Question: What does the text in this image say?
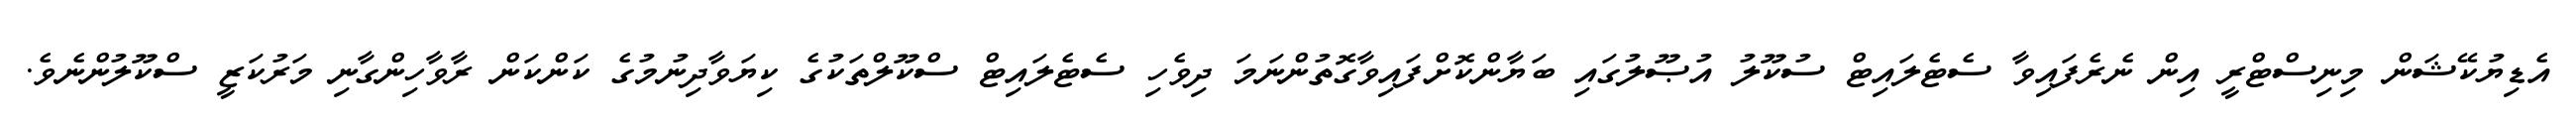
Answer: އެޑިޔުކޭޝަން މިނިސްޓްރީ އިން ނެރެފައިވާ ސެޓެލައިޓް ސުކޫލު އުޞޫލުގައި ބަޔާންކޮށްފައިވާގޮތުންނަމަ ދިވެހި ސެޓެލައިޓް ސްކޫލްތަކުގެ ކިޔަވާދިނުމުގެ ކަންކަން ރާވާހިންގާނި މަރުކަޒީ ސްކޫލުންނެވެ.